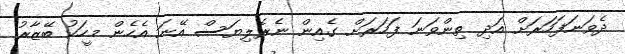
ދެވަނަފަހަރަށް އަދި ތިންވަނަ ފަހަރަށް ގެއިން ނެރެލިޔަސް އޭނަ އެހެން މީހަކު ބޭޒާރު